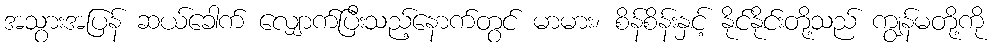
အသွားအပြန် ဆယ်ခေါက် လျှောက်ပြီးသည့်နောက်တွင် မာမား၊ စိန်စိန်းနှင့် နိုင်နိုင်းတို့သည် ကျွန်မတို့ကို